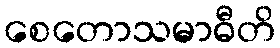
စေတောသမာဓီတိ